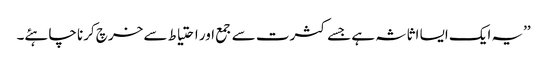
’’یہ ایک ایسا اثاثہ ہے جسے کثرت سے جمع اور احتیاط سے خرچ کرنا چاہئے۔